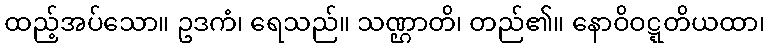
ထည့်အပ်သော။ ဥဒကံ၊ ရေသည်။ သဏ္ဌာတိ၊ တည်၏။ နောဝိဝဋ္ဋတိယထာ၊